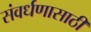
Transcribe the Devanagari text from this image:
संवर्धणासाठी